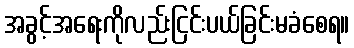
အခွင့်အရေးကိုလည်းငြင်းပယ်ခြင်းမခံစေရ။